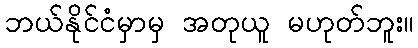
ဘယ်နိုင်ငံမှာမှ အတုယူ မဟုတ်ဘူး။